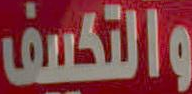
والتكسف